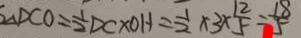
S \Delta D C O = \frac { 1 } { 2 } D C \times O H = \frac { 1 } { 2 } \times 3 \times \frac { 1 2 } { 5 } = \frac { 1 8 } { 5 }